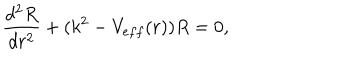
\frac { d ^ { 2 } R } { d r ^ { 2 } } + ( k ^ { 2 } - V _ { e f f } ( r ) ) R = 0 ,